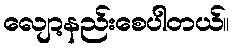
လျော့နည်းစေပါတယ်။